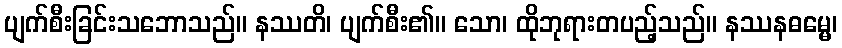
ပျက်စီးခြင်းသဘောသည်။ နဿတိ၊ ပျက်စီး၏။ သော၊ ထိုဘုရားတပည့်သည်။ နဿနဓမ္မေ၊